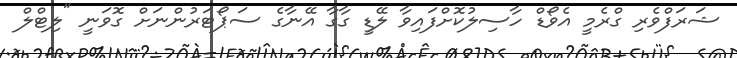
ޝަރަފްވެރި ގްރެމީ އެވޯޑް ހާސިލުކޮށްފައިވާ ލޭޑީ ގާގާ އޭނާގެ ސަޕޯޓަރުންނަށް ގޮވަނީ "ލިޓްލް